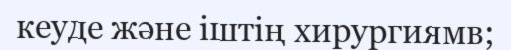
кеуде және іштің хирургиямв;